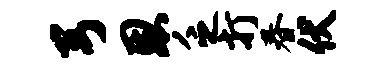
弓恩乏打春伏